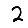
Digit: 2